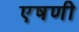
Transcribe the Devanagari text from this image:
एषणी